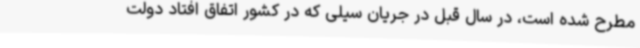
مطرح شده است، در سال قبل در جریان سیلی که در کشور اتفاق افتاد دولت